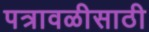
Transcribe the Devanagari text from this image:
पत्रावळीसाठी